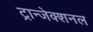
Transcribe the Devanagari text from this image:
ट्रान्जेक्शनल